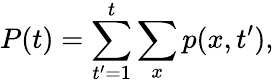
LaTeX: P(t)=\sum_{t^{\prime}=1}^{t}\sum_{x}p(x,t^{\prime}),